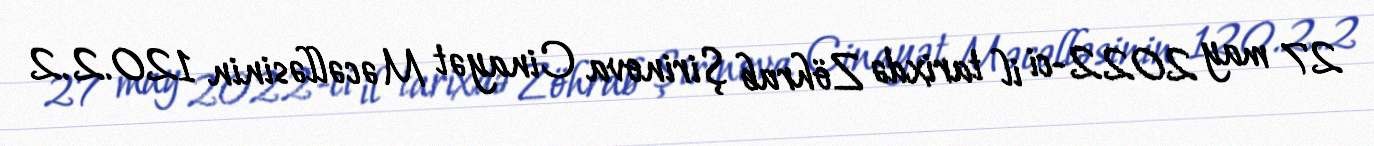
27 may 2022-ci il tarixdə Zöhrab Şirinova Cinayət Məcəlləsinin 120.2.2